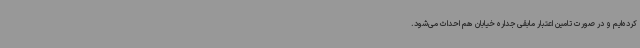
کرده‌ایم و در صورت تامین اعتبار مابقی جداره خیابان هم احداث می‌شود.